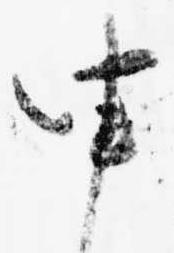
申